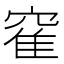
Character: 𫁒